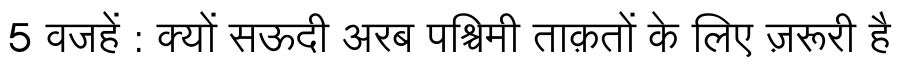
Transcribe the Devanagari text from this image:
5 वजहें : क्यों सऊदी अरब पश्चिमी ताक़तों के लिए ज़रूरी है